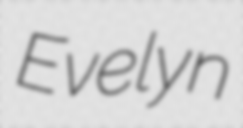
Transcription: Evelyn